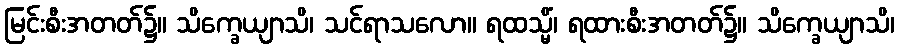
မြင်းစီးအတတ်၌။ သိက္ခေယျာသိ၊ သင်ရာသလော။ ရထသ္မိံ၊ ရထားစီးအတတ်၌။ သိက္ခေယျာသိ၊